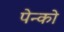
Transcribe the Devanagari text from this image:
पेन्को